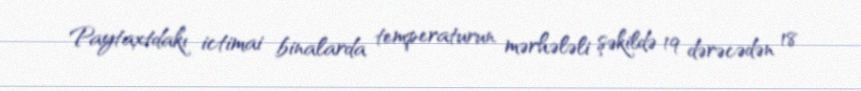
Paytaxtdakı ictimai binalarda temperaturun mərhələli şəkildə 19 dərəcədən 18